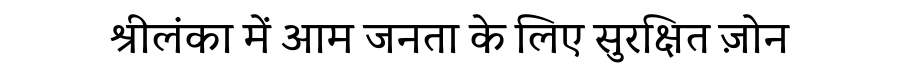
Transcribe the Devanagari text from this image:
श्रीलंका में आम जनता के लिए सुरक्षित ज़ोन